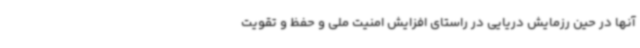
آنها در حین رزمایش دریایی در راستای افزایش امنیت ملی و حفظ و تقویت